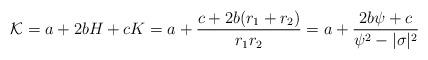
LaTeX: \begin{align*}{\cal K}=a+2bH+cK=a+\frac{c+2b(r_1+r_2)}{r_1r_2}=a+\frac{2b\psi+c}{\psi^2-|\sigma|^2}\end{align*}